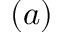
( a )